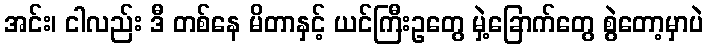
အင်း၊ ငါလည်း ဒီ တစ်နေ မိတာနှင့် ယင်ကြီးဥတွေ မှဲ့ခြောက်တွေ စွဲတော့မှာပဲ